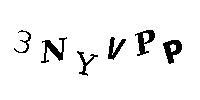
3NYVPP